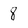
Character: 8